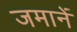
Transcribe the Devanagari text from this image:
जमानें